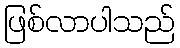
ဖြစ်လာပါသည်